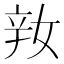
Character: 𨐎